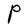
Character: P